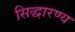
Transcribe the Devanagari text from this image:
सिद्धारण्य